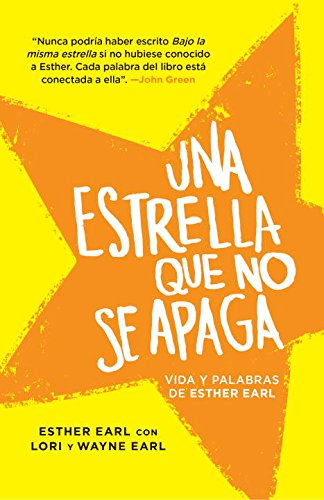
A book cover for Una estrella que no se apaga: (This Star Won't Go Out--Spanish-language Edition) (Spanish Edition); Esther Earl; Teen & Young Adult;